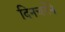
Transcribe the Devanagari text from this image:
दिनचर्येने